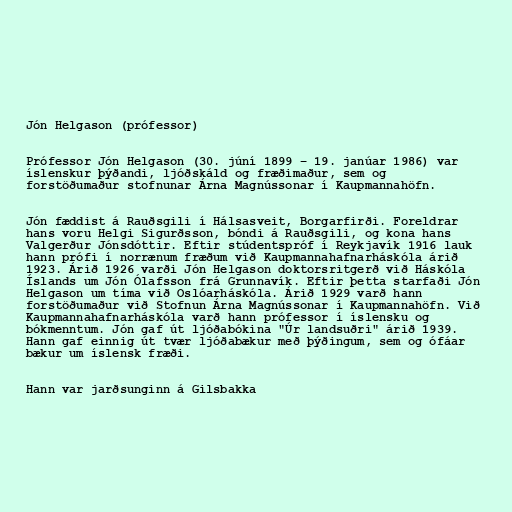
Jón Helgason (prófessor)

Prófessor Jón Helgason (30. júní 1899 – 19. janúar 1986) var
íslenskur þýðandi, ljóðskáld og fræðimaður, sem og
forstöðumaður stofnunar Árna Magnússonar í Kaupmannahöfn.

Jón fæddist á Rauðsgili í Hálsasveit, Borgarfirði. Foreldrar
hans voru Helgi Sigurðsson, bóndi á Rauðsgili, og kona hans
Valgerður Jónsdóttir. Eftir stúdentspróf í Reykjavík 1916 lauk
hann prófi í norrænum fræðum við Kaupmannahafnarháskóla árið
1923. Árið 1926 varði Jón Helgason doktorsritgerð við Háskóla
Íslands um Jón Ólafsson frá Grunnavík. Eftir þetta starfaði Jón
Helgason um tíma við Oslóarháskóla. Árið 1929 varð hann
forstöðumaður við Stofnun Árna Magnússonar í Kaupmannahöfn. Við
Kaupmannahafnarháskóla varð hann prófessor í íslensku og
bókmenntum. Jón gaf út ljóðabókina "Úr landsuðri" árið 1939.
Hann gaf einnig út tvær ljóðabækur með þýðingum, sem og ófáar
bækur um íslensk fræði.

Hann var jarðsunginn á Gilsbakka